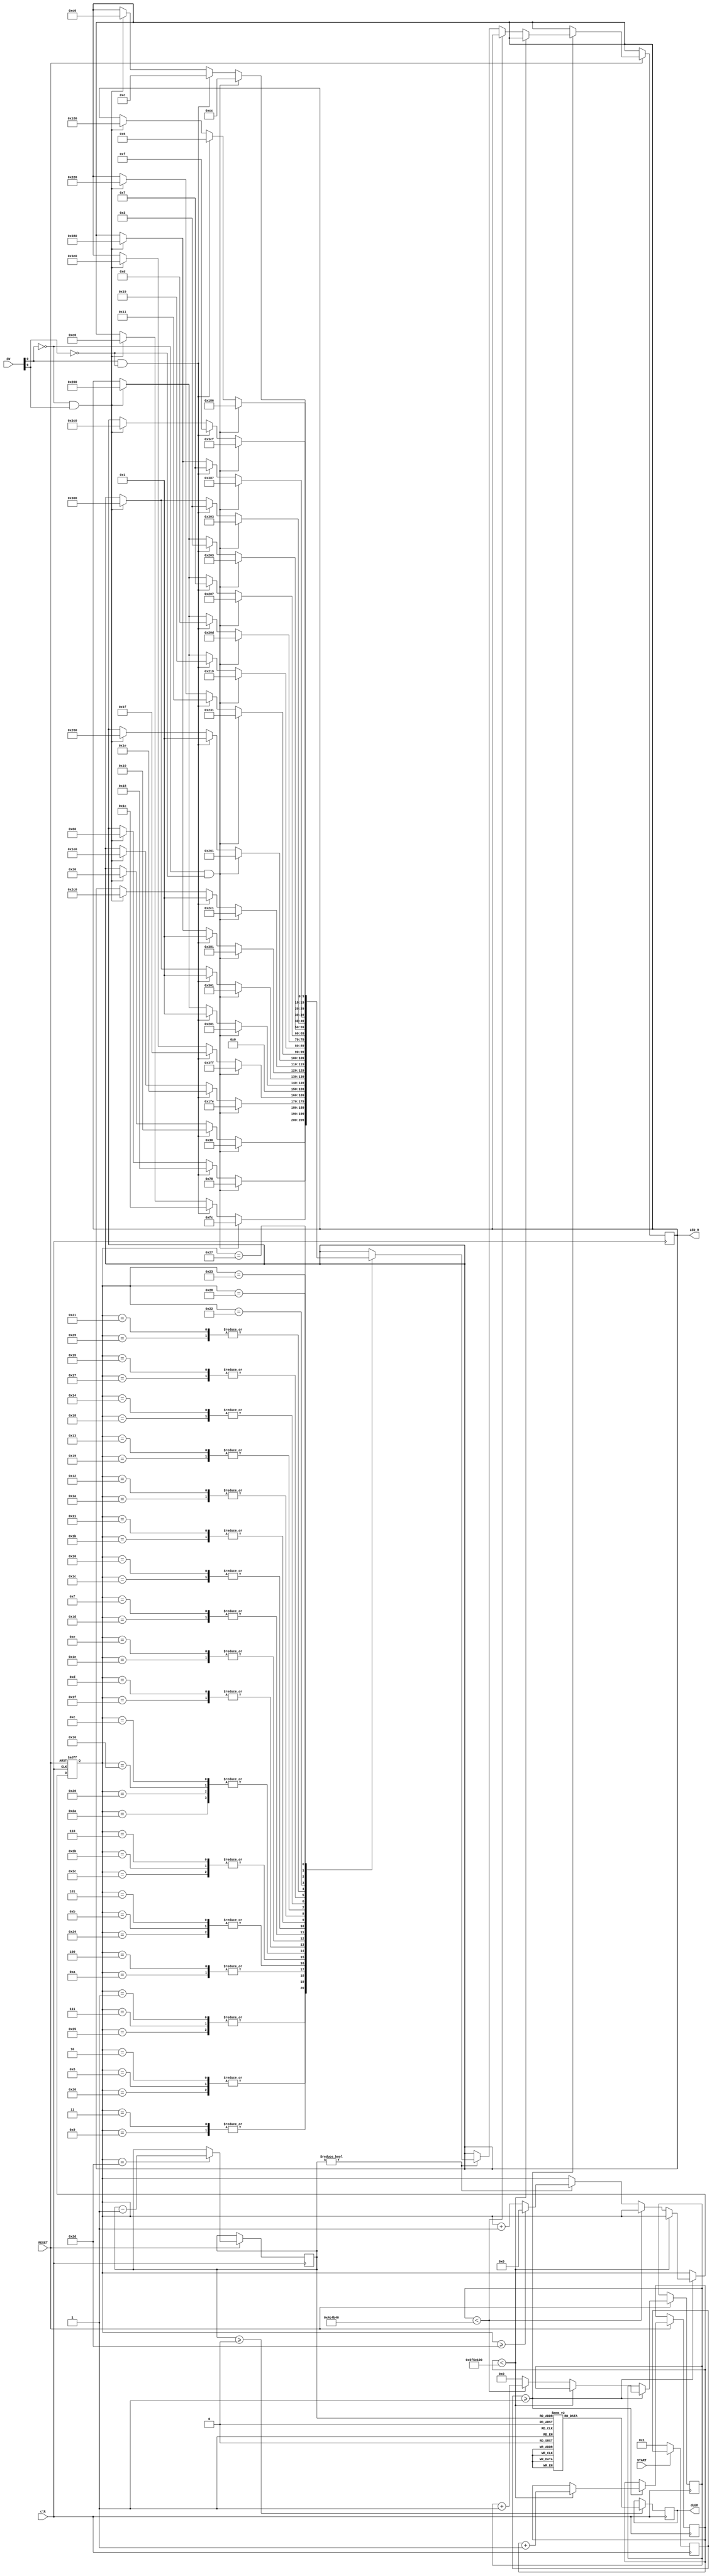
module audietron (


   input  clk, // clock is set to 50 mhz
	input wire RESET, // KEY0 push button - reset
	input wire START, // KEY1 push button - start
	input [9:0] SW, // switches 
	output reg [0:9] LED_R, // red LEDs 
	output reg [7:0] dLED // 7-segment display
	
	
	);

	parameter size = 3;
   parameter state0 = 2'b00/*nostart*/, state1 = 2'b01/*wait*/, state2 = 2'b10/*run*/, state3 = 2'b11/*fin*/;
	
	reg [1:0] state/*nostart*/, next_state/*nostart*/;
	reg slwclk = 0; //trigger - 1s
	reg [3:0] REPEAT_COUNT; 
	reg [31:0] counter = 0; //counter - 1s
	reg [5:0] stage;
   reg [3:0] starter; //starter variable
	
	
	
	initial begin
	
		LED_R = 10'b0000000000;
		REPEAT_COUNT = 4'b1001;
		stage = 6'b00_0001;
		starter=0; //starter variable - 0
		
	end
	
	
	reg[31:0] count;
	reg [31:0] count2;
	
	localparam two_sec = 32'd100000000;
	localparam small_sec = 32'd5000000;


	
	always@(posedge clk) begin

	counter <= counter + 1; // increments the counter
	
		if (counter >= (small_sec-1)) begin
			counter <= 0;
			slwclk <= ~slwclk; // slwclk value changed to trigger always block at 0.1 sec
			
		end
		
		if (~START) begin // start light pattern
			starter <= 1;
			
		end
	
		
	   if(REPEAT_COUNT >= 0) begin
		case(REPEAT_COUNT)			
		
			4'd0: dLED=8'b01000000;
			4'd1: dLED=8'b01111001;
			4'd2: dLED=8'b00100100;
			4'd3: dLED=8'b00110000;
			4'd4: dLED=8'b00011001;
			4'd5: dLED=8'b00010010;
			4'd6: dLED=8'b00000010;
			4'd7: dLED=8'b01111000;
			4'd8: dLED=8'b00000000;
			4'd9: dLED=8'b00010000;
			default: dLED=8'b01000000;
			
		endcase
		
	end	
	
	end
	
	// block runs every 0.1 seconds 
	
	always @(posedge clk or negedge RESET) begin
		if(~RESET) begin
			stage <= 6'd1;
			
		end else begin
 
				if(stage == 6'd45) begin // decrement counter when animation is done
					REPEAT_COUNT <= REPEAT_COUNT - 4'b0001;		
					
				end

				if(starter >= 1) begin
					if (count < two_sec) begin
						count <= count + 1;
						
					end else begin
						if (count2 < small_sec) begin
							count2 <= count2 + 1;
							
						end else begin
							count2 <= 0;
					
					
					//
					if(REPEAT_COUNT != 0) begin
						//different stages settings
						case(stage)
							1,7,37: begin
					
								//if(two_sec_counter >= two_sec && stage == 1)
								//begin - 20*0.1 = 2 sec
								
								if(SW[0]==0 && SW[9]==0) begin
									LED_R[0:9] <= 10'b0000110000;
								end
								
								else if(SW[0]==1 && SW[9]==0) begin
									LED_R[0:9] <= 10'b0000010000;
								end
								
								else if(SW[0]==0 && SW[9]==1) begin
									LED_R[0:9] <= 10'b0000100000;
								end	
								
								else if(SW[0]==1 && SW[9]==0) begin
									LED_R[0:9] <= 10'b0000000000;
								end	
						   end
							
							
							//
							2,8,38: begin
								if(SW[0]==0 && SW[9]==0) begin
									LED_R[0:9] <= 10'b0001111000;
								end
								
								else if(SW[0]==1 && SW[9]==0) begin
									LED_R[0:9] <= 10'b0000011000;
								end
								
								else if(SW[0]==0 && SW[9]==1) begin
									LED_R[0:9] <= 10'b0001100000;
								end	
								
								else if(SW[0]==1 && SW[9]==0) begin
									LED_R[0:9] <= 10'b0000000000;
								end				
							end
						
						
						
							//
							3,9: begin
									if(SW[0]==0 && SW[9]==0) begin
										LED_R[0:9] <= 10'b0011111100;
									end
									
									else if(SW[0]==1 && SW[9]==0) begin
										LED_R[0:9] <= 10'b0000011100;
									end
									
									else if(SW[0]==0 && SW[9]==1) begin
										LED_R[0:9] <= 10'b0011100000;
									end	
									
									else if(SW[0]==1 && SW[9]==0) begin
										LED_R[0:9] <= 10'b0000000000;
									end						
								end
								
								
								
							//	
							4,10: begin
			
									if(SW[0]==0 && SW[9]==0) begin
										LED_R[0:9] <= 10'b0111111110;
									end
									
									else if(SW[0]==1 && SW[9]==0) begin
										LED_R[0:9] <= 10'b0000011110;
									end
									
									else if(SW[0]==0 && SW[9]==1) begin
										LED_R[0:9] <= 10'b0111100000;
									end	
									
									else if(SW[0]==1 && SW[9]==0) begin
										LED_R[0:9] <= 10'b0000000000;
									end							
								end
							
						
					
				
							//
							5,11,36: begin
									if(SW[0]==0 && SW[9]==0) begin
										LED_R[0:9] <= 10'b1111111111;
									end
									
									else if(SW[0]==1 && SW[9]==0) begin
										LED_R[0:9] <= 10'b0000011111;
									end
									
									else if(SW[0]==0 && SW[9]==1) begin
										LED_R[0:9] <= 10'b1111100000;
									end	
									
									else if(SW[0]==1 && SW[9]==0) begin
										LED_R[0:9] <= 10'b0000000000;
									end	
							end
							
							
							
							
							//
							6,43,44: begin
									LED_R[0:9] <= 10'b0000000000;
							end
							
							
							
							//
							12,22,32,42: begin
								if(SW[0]==0 && SW[9]==0) begin
										LED_R[0:9] <= 10'b1000000001;
									end
									
									else if(SW[0]==1 && SW[9]==0) begin
										LED_R[0:9] <= 10'b0000000001;
									end
									
									else if(SW[0]==0 && SW[9]==1) begin
										LED_R[0:9] <= 10'b1000000000;
									end	
									
									else if(SW[0]==1 && SW[9]==0) begin
										LED_R[0:9] <= 10'b0000000000;
									end	
							end
							
							
							
							//
							13,31: begin
								if(SW[0]==0 && SW[9]==0) begin
										LED_R[0:9] <= 10'b1100000001;
									end
									
									else if(SW[0]==1 && SW[9]==0) begin
										LED_R[0:9] <= 10'b0000000001;
									end
									
									else if(SW[0]==0 && SW[9]==1) begin
										LED_R[0:9] <= 10'b1100000000;
									end	
									
									else if(SW[0]==1 && SW[9]==0) begin
										LED_R[0:9] <= 10'b0000000000;
									end	
							end
							
							
							
							
							//
							14,30: begin
								if(SW[0]==0 && SW[9]==0) begin
										LED_R[0:9] <= 10'b1110000001;
									end
									
									else if(SW[0]==1 && SW[9]==0) begin
										LED_R[0:9] <= 10'b0000000001;
									end
									
									else if(SW[0]==0 && SW[9]==1) begin
										LED_R[0:9] <= 10'b1110000000;
									end	
									
									else if(SW[0]==1 && SW[9]==0) begin
										LED_R[0:9] <= 10'b0000000000;
									end	
							end
							
							
							
							
							//
							15,29: begin
								if(SW[0]==0 && SW[9]==0) begin
										LED_R[0:9] <= 10'b1011000001;
									end
									
									else if(SW[0]==1 && SW[9]==0) begin
										LED_R[0:9] <= 10'b0000000001;
									end
									
									else if(SW[0]==0 && SW[9]==1) begin
										LED_R[0:9] <= 10'b1011000000;
									end	
									
									else if(SW[0]==1 && SW[9]==0) begin
										LED_R[0:9] <= 10'b0000000000;
									end	
							end
							
							
							
							//
							16,28: begin
								if(SW[0]==0 && SW[9]==0) begin
										LED_R[0:9] <= 10'b1001100001;
									end
									
									else if(SW[0]==1 && SW[9]==0) begin
										LED_R[0:9] <= 10'b0000000001;
									end
									
									else if(SW[0]==0 && SW[9]==1) begin
										LED_R[0:9] <= 10'b1001100000;
									end	
									
									else if(SW[0]==1 && SW[9]==0) begin
										LED_R[0:9] <= 10'b0000000000;
									end	
							end
							
							
							
							//
							17,27: begin
								if(SW[0]==0 && SW[9]==0) begin
										LED_R[0:9] <= 10'b1000110001;
									end
									
									else if(SW[0]==1 && SW[9]==0) begin
										LED_R[0:9] <= 10'b0000010001;
									end
									
									else if(SW[0]==0 && SW[9]==1) begin
										LED_R[0:9] <= 10'b1000100000;
									end	
									
									else if(SW[0]==1 && SW[9]==0) begin
										LED_R[0:9] <= 10'b0000000000;
									end	
							end
							
							
							//
							18,26: begin
								if(SW[0]==0 && SW[9]==0) begin
										LED_R[0:9] <= 10'b1000011001;
									end
									
									else if(SW[0]==1 && SW[9]==0) begin
										LED_R[0:9] <= 10'b0000011001;
									end
									
									else if(SW[0]==0 && SW[9]==1) begin
										LED_R[0:9] <= 10'b1000000000;
									end	
									
									else if(SW[0]==1 && SW[9]==0) begin
										LED_R[0:9] <= 10'b0000000000;
									end	
							end
							
							
							
							
							
							//
							19,25: begin
								if(SW[0]==0 && SW[9]==0) begin
										LED_R[0:9] <= 10'b1000001101;
									end
									
									else if(SW[0]==1 && SW[9]==0) begin
										LED_R[0:9] <= 10'b0000001101;
									end
									
									else if(SW[0]==0 && SW[9]==1) begin
										LED_R[0:9] <= 10'b1000000000;
									end	
									
									else if(SW[0]==1 && SW[9]==0) begin
										LED_R[0:9] <= 10'b0000000000;
									end	
							end
							
							
							
							
							
							//
							20,24: begin
								if(SW[0]==0 && SW[9]==0) begin
										LED_R[0:9] <= 10'b1000000111;
									end
									
									else if(SW[0]==1 && SW[9]==0) begin
										LED_R[0:9] <= 10'b0000000111;
									end
									
									else if(SW[0]==0 && SW[9]==1) begin
										LED_R[0:9] <= 10'b1000000000;
									end	
									
									else if(SW[0]==1 && SW[9]==0) begin
										LED_R[0:9] <= 10'b0000000000;
									end	
							end
							
							
							
							
							
							//
							21,23: begin
								if(SW[0]==0 && SW[9]==0) begin
										LED_R[0:9] <= 10'b1000000011;
									end
									
									else if(SW[0]==1 && SW[9]==0) begin
										LED_R[0:9] <= 10'b0000000011;
									end
									
									else if(SW[0]==0 && SW[9]==1) begin
										LED_R[0:9] <= 10'b1000000000;
									end	
									
									else if(SW[0]==1 && SW[9]==0) begin
										LED_R[0:9] <= 10'b0000000000;
									end	
							end
							
							
							
							
							//
							33,41: begin
								if(SW[0]==0 && SW[9]==0) begin
										LED_R[0:9] <= 10'b1100000011;
									end
									
									else if(SW[0]==1 && SW[9]==0) begin
										LED_R[0:9] <= 10'b0000000011;
									end
									
									else if(SW[0]==0 && SW[9]==1) begin
										LED_R[0:9] <= 10'b1100000000;
									end	
									
									else if(SW[0]==1 && SW[9]==0) begin
										LED_R[0:9] <= 10'b0000000000;
									end	
							end
							
							
							
							
							//
							34: begin
								if(SW[0]==0 && SW[9]==0) begin
										LED_R[0:9] <= 10'b1110000111;
									end
									
									else if(SW[0]==1 && SW[9]==0) begin
										LED_R[0:9] <= 10'b0000000111;
									end
									
									else if(SW[0]==0 && SW[9]==1) begin
										LED_R[0:9] <= 10'b1110000000;
									end	
									
									else if(SW[0]==1 && SW[9]==0) begin
										LED_R[0:9] <= 10'b0000000000;
									end	
							end
							
							
							
							//
							35: begin
								if(SW[0]==0 && SW[9]==0) begin
										LED_R[0:9] <= 10'b1111001111;
									end
									
									else if(SW[0]==1 && SW[9]==0) begin
										LED_R[0:9] <= 10'b0000001111;
									end
									
									else if(SW[0]==0 && SW[9]==1) begin
										LED_R[0:9] <= 10'b1111000000;
									end	
									
									else if(SW[0]==1 && SW[9]==0) begin
										LED_R[0:9] <= 10'b0000000000;
									end	
							end
							
							
							
							
							//
							39: begin
								if(SW[0]==0 && SW[9]==0) begin
										LED_R[0:9] <= 10'b0011001100;
									end
									
									else if(SW[0]==1 && SW[9]==0) begin
										LED_R[0:9] <= 10'b0000001100;
									end
									
									else if(SW[0]==0 && SW[9]==1) begin
										LED_R[0:9] <= 10'b0011000000;
									end	
									
									else if(SW[0]==1 && SW[9]==0) begin
										LED_R[0:9] <= 10'b0000000000;
									end	
							end
							
							
							//
							40: begin
								if(SW[0]==0 && SW[9]==0) begin
										LED_R[0:9] <= 10'b0110000110;
									end
									
									else if(SW[0]==1 && SW[9]==0) begin
										LED_R[0:9] <= 10'b0000000110;
									end
									
									else if(SW[0]==0 && SW[9]==1) begin
										LED_R[0:9] <= 10'b0110000000;
									end	
									
									else if(SW[0]==1 && SW[9]==0) begin
										LED_R[0:9] <= 10'b0000000000;
									end	
							end	
							
						endcase			
	
						// go back to start of stage
						
						if (stage >= 45) begin		
							stage <= 6'd0;
							
						end else begin 
							stage <= stage + 6'd1;
							
						end 				
						
					end
					
				end
			//
			end
			
			end
			
		end
		
	end
	
endmodule